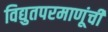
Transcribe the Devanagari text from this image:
विद्युतपरमाणूंची